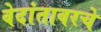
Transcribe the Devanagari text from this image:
वेदांतावरचे